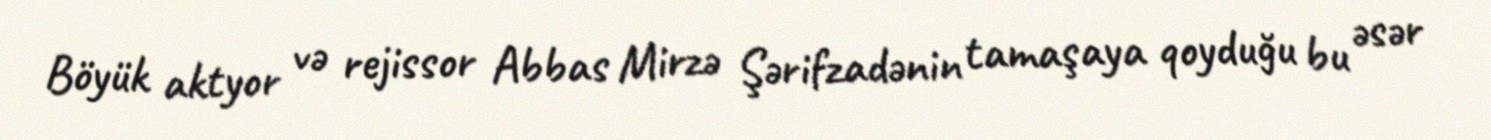
Böyük aktyor və rejissor Abbas Mirzə Şərifzadənin tamaşaya qoyduğu bu əsər